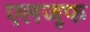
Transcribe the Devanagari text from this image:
एलजूफ